Indian journal of veterinary science and animal husbandry - Volume 12,
Year: 1942
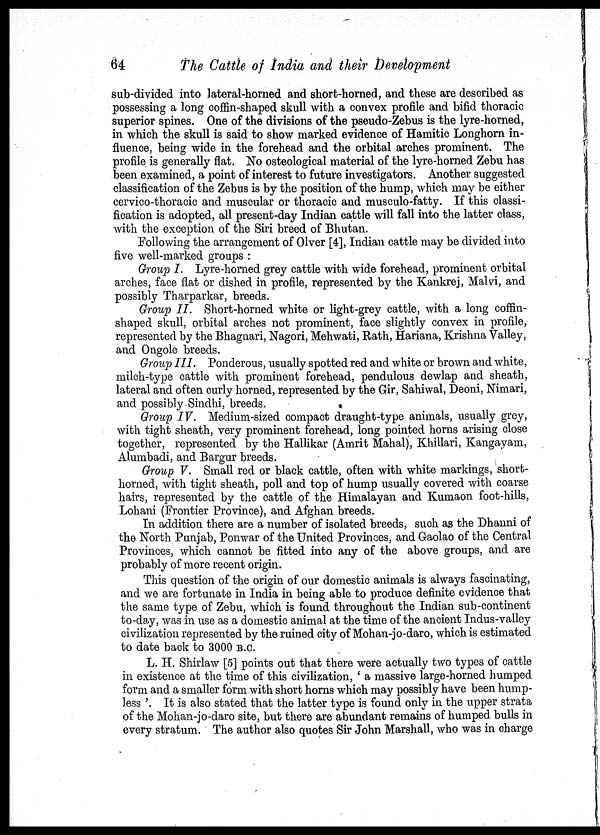
64
The Cattle of India and their Development
sub-divided into lateral-horned and short-horned, and these are described as
possessing a long coffin-shaped skull with a convex profile and bifid thoracic
superior spines. One of the divisions of the pseudo-Zebus is the lyre-horned,
in which the skull is said to show marked evidence of Hamitic Longhorn in-
fluence, being wide in the forehead and the orbital arches prominent. The
profile is generally flat. No osteological material of the lyre-horned Zebu has
been examined, a point of interest to future investigators. Another suggested
classification of the Zebus is by the position of the hump, which may be either
cervico-thoracic and muscular or thoracic and musculo-fatty. If this classi-
fication is adopted, all present-day Indian cattle will fall into the latter class,
with the exception of the Siri breed of Bhutan.
Following the arrangement of Olver [4], Indian cattle may be divided into
five well-marked groups :
Group I. Lyre-horned grey cattle with wide forehead, prominent orbital
arches, face flat or dished in profile, represented by the Kankrej, Malvi, and
possibly Tharparkar, breeds.
Group II. Short-horned white or light-grey cattle, with a long coffin-
shaped skull, orbital arches not prominent, face slightly convex in profile,
represented by the Bhagnari, Nagori, Mehwati, Rath, Hariana, Krishna Valley,
and Ongole breeds.
Group III. Ponderous, usually spotted red and white or brown and white,
milch-type cattle with prominent forehead, pendulous dewlap and sheath,
lateral and often curly horned, represented by the Gir, Sahiwal, Deoni, Nimari,
and possibly Sindhi, breeds.
Group IV. Medium-sized compact draught-type animals, usually grey,
with tight sheath, very prominent forehead, long pointed horns arising close
together, represented by the Hallikar (Amrit Mahal), Khillari, Kangayam,
Alumbadi, and Bargur breeds.
Group V. Small red or black cattle, often with white markings, short-
horned, with tight sheath, poll and top of hump usually covered with coarse
hairs, represented by the cattle of the Himalayan and Kumaon foot-hills,
Lohani (Frontier Province), and Afghan breeds.
In addition there are a number of isolated breeds, such as the Dhanni of
the North Punjab, Ponwar of the United Provinces, and Gaolao of the Central
Provinces, which cannot be fitted into any of the above groups, and are
probably of more recent origin.
This question of the origin of our domestic animals is always fascinating,
and we are fortunate in India in being able to produce definite evidence that
the same type of Zebu, which is found throughout the Indian sub-continent
to-day, was in use as a domestic animal at the time of the ancient Indus-valley
civilization represented by the ruined city of Mohan-jo-daro, which is estimated
to date back to 3000 B.C.
L. H. Shirlaw [5] points out that there were actually two types of cattle
in existence at the time of this civilization, ' a massive large-horned humped
form and a smaller form with short horns which may possibly have been hump-
less '. It is also stated that the latter type is found only in the upper strata
of the Mohan-jo-daro site, but there are abundant remains of humped bulls in
every stratum. The author also quotes Sir John Marshall, who was in charge